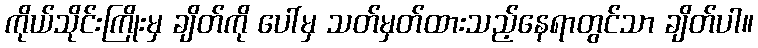
ကိုယ်သိုင်းကြိုးမှ ချိတ်ကို ပေါ်မှ သတ်မှတ်ထားသည့်နေရာတွင်သာ ချိတ်ပါ။